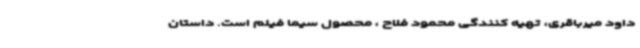
داود میرباقری، تهیه کنندگی محمود فلاح ، محصول سیما فیلم است. داستان